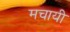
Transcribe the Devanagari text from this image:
मचायी